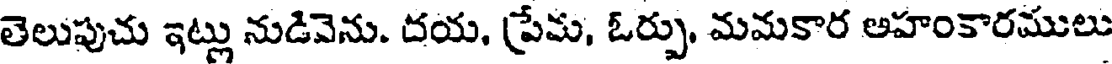
తెలుపుచు ఇట్లు నుడివెను. దయ, ప్రేమ, ఓర్పు, మమకార అహంకారములు